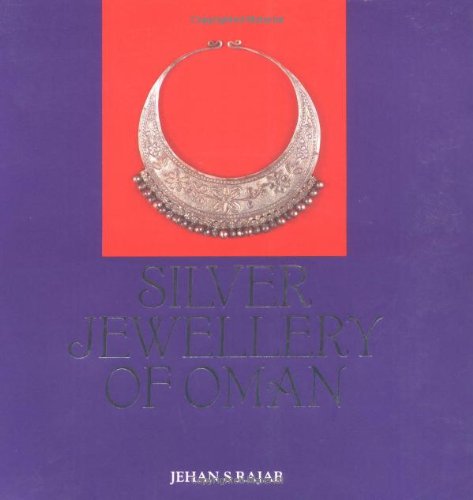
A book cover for Silver Jewelry of Oman; Jehan S. Rajab; History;